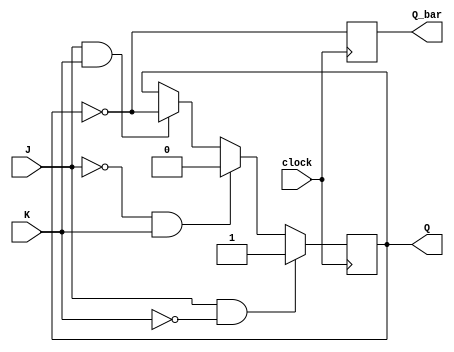
module jk_flip_flop (
    input J, 
    input K, 
    input clock, 
    output reg Q, 
    output reg Q_bar
);

always @(posedge clock) begin
    if (J & ~K) // Set mode
        Q <= 1;
    else if (~J & K) // Reset mode
        Q <= 0;
    else if (J & K) // Toggle mode
        Q <= ~Q;
    // Hold mode is implicit when neither Set, nor Reset, nor Toggle conditions are met

    Q_bar <= ~Q;
end

endmodule